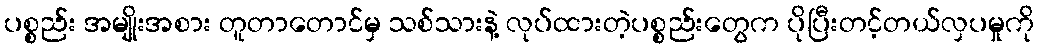
ပစ္စည်း အမျိုးအစား တူတာတောင်မှ သစ်သားနဲ့ လုပ်ထားတဲ့ပစ္စည်းတွေက ပိုပြီးတင့်တယ်လှပမှုကို